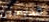
قديسين